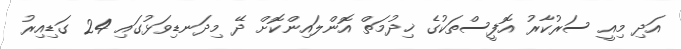
އަދި މިއީ ސަރުކާރު އޮފީސްތަކުގެ ޚިދުމަތް އޮންލައިންކޮށް ދޭ މިދަނޑިވަޅުގައި 24 ގަޑިއިރު